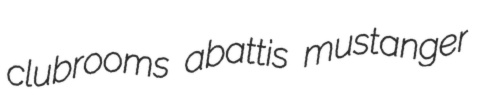
clubrooms abattis mustanger